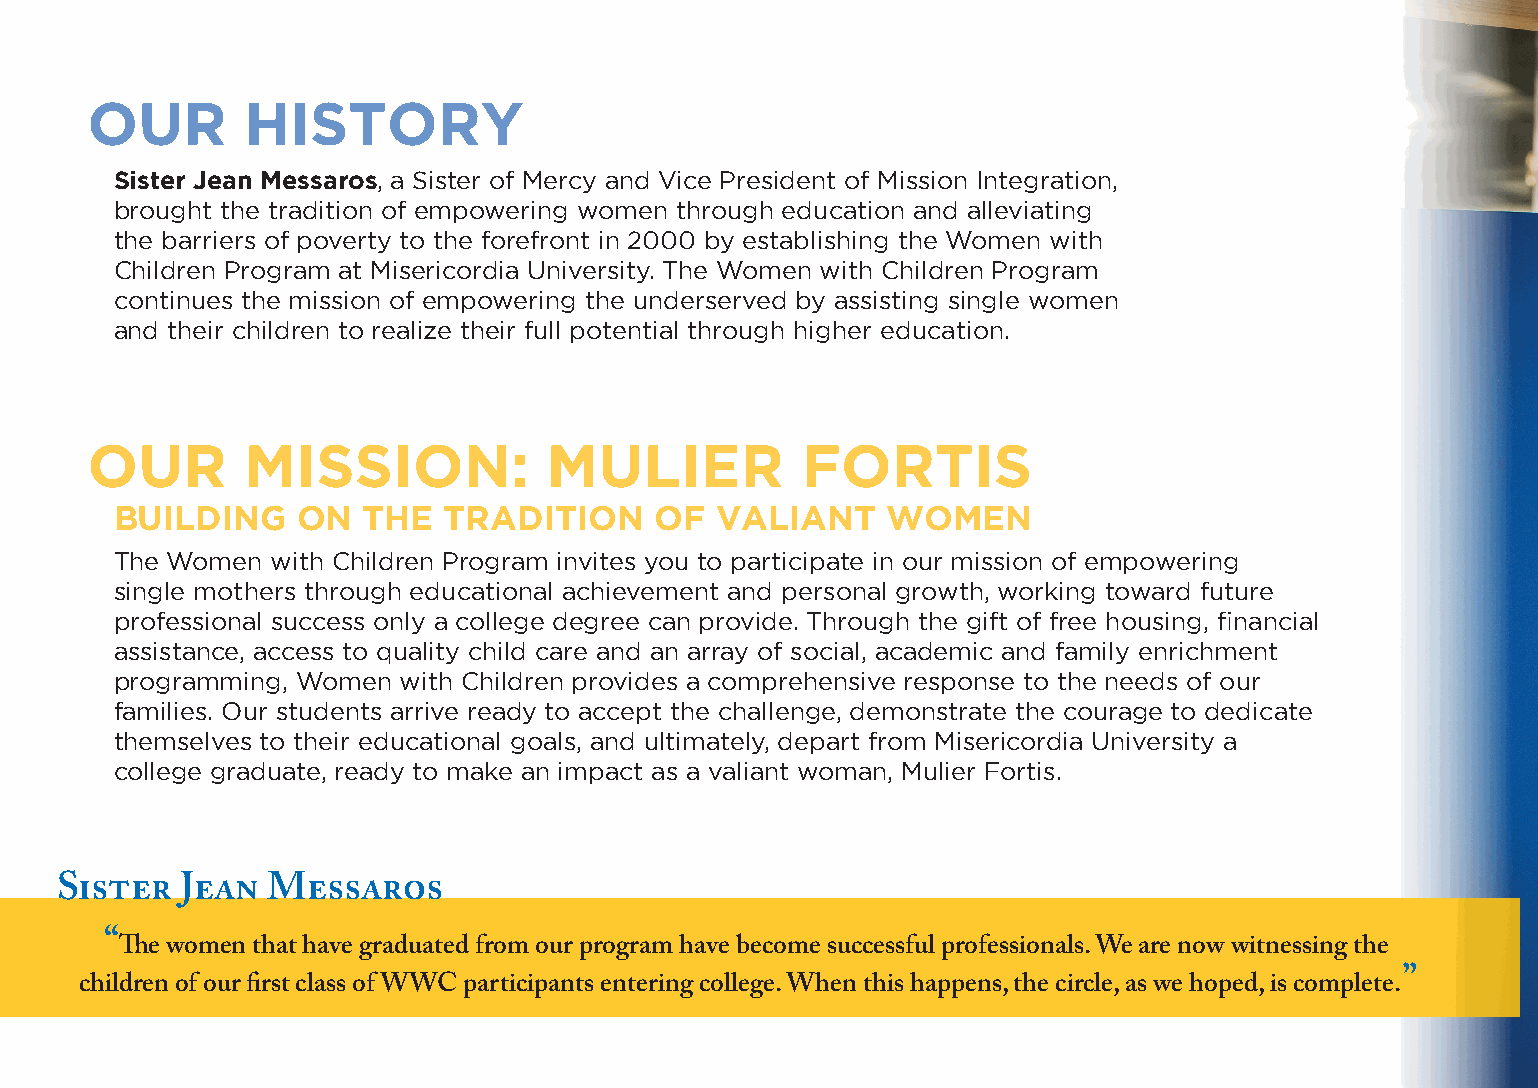
OUR       HISTORY
 Sister Jean Messaros, a Sister of Mercy and Vice President of Mission Integration,
 brought the tradition of empowering women through education and alleviating
 the barriers of poverty to the forefront in 2000 by establishing the Women with
 Children Program at Misericordia University. The Women with Children Program
 continues the mission of empowering the underserved by assisting single women
 and their children to realize their full potential through higher education.
 OUR       MISSION:            MULIER           FORTIS
 BUILDING    ON  THE  TRADITION     OF  VALIANT     WOMEN
 The Women with Children Program invites you to participate in our mission of empowering
 single mothers through educational achievement and personal growth, working toward future
 professional success only a college degree can provide. Through the gift of free housing, financial
 assistance, access to quality child care and an array of social, academic and family enrichment
 programming, Women with Children provides a comprehensive response to the needs of our
 families. Our students arrive ready to accept the challenge, demonstrate the courage to dedicate
 themselves to their educational goals, and ultimately, depart from Misericordia University a
 college graduate, ready to make an impact as a valiant woman, Mulier Fortis.
 Sister  Jean  Messaros
 “The women that have graduated from our program have become successful professionals. We are now witnessing the
 children of our first class of WWC participants entering college. When this happens, the circle, as we hoped, is complete.”